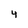
Character: 4